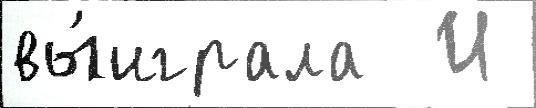
вы́играла  И